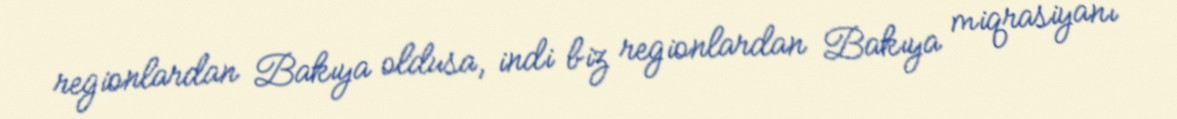
regionlardan Bakıya oldusa, indi biz regionlardan Bakıya miqrasiyanı